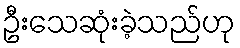
ဦးသေဆုံးခဲ့သည်ဟု